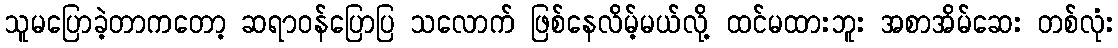
သူမပြောခဲ့တာကတော့ ဆရာဝန်ပြောပြ သလောက် ဖြစ်နေလိမ့်မယ်လို့ ထင်မထားဘူး အစာအိမ်ဆေး တစ်လုံး